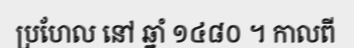
ប្រហែល នៅ ឆ្នាំ ១៤៨០ ។ កាលពី